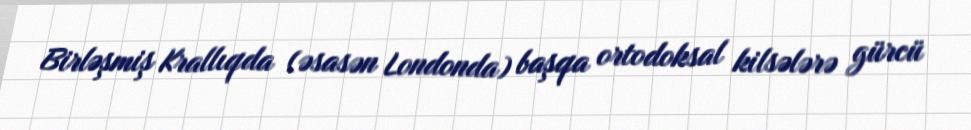
Birləşmiş Krallıqda (əsasən Londonda) başqa ortodoksal kilsələrə gürcü